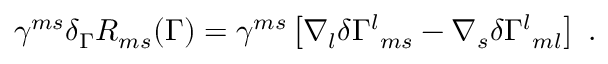
\gamma ^ { m s } \delta _ { \Gamma } R _ { m s } ( \Gamma ) = \gamma ^ { m s } \left[ \nabla _ { l } \delta \Gamma ^ { l } { } _ { m s } - \nabla _ { s } \delta \Gamma ^ { l } { } _ { m l } \right] \ .